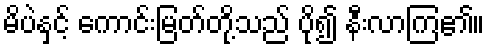
မိပဲနှင့် ကောင်းမြတ်တို့သည် ပို၍ နီးလာကြ၏။